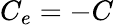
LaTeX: C_{e}=-C